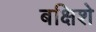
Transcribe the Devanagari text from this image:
बक्षिशे